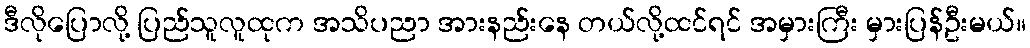
ဒီလိုပြောလို့ ပြည်သူလူထုက အသိပညာ အားနည်းနေ တယ်လို့ထင်ရင် အမှားကြီး မှားပြန်ဦးမယ်။